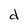
Character: d